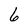
Character: 6